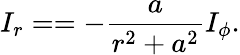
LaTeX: I_{r}==-\frac a{r^{2}+a^{2}}I_{\phi}.